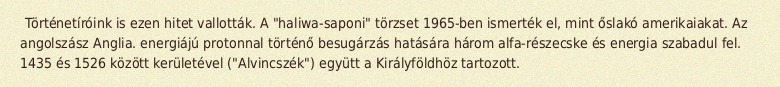
Történetíróink is ezen hitet vallották. A "haliwa-saponi" törzset 1965-ben ismerték el, mint őslakó amerikaiakat. Az angolszász Anglia. energiájú protonnal történő besugárzás hatására három alfa-részecske és energia szabadul fel. 1435 és 1526 között kerületével ("Alvincszék") együtt a Királyföldhöz tartozott.